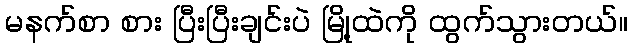
မနက်စာ စား ပြီးပြီးချင်းပဲ မြို့ထဲကို ထွက်သွားတယ်။